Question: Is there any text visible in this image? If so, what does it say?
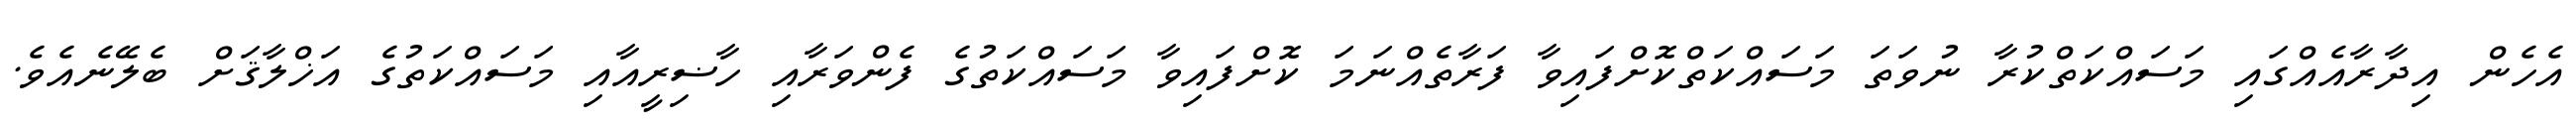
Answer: އެހެން އިދާރާއެއްގައި މަސައްކަތްކުރާ ނުވަތަ މަސައްކަތްކޮށްފައިވާ ފަރާތެއްނަމަ ކޮށްފައިވާ މަސައްކަތުގެ ފެންވަރާއި ހާޟިރީއާއި މަސައްކަތުގެ އަޚްލާޤަށް ބެލޭނެއެވެ.